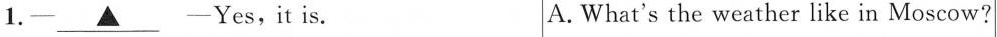
1.— \underline{▲} —Yes,it is. A. What's the weather like in Moscow?